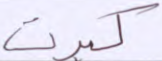
كبرت